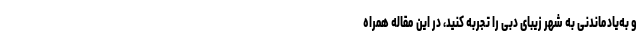
و به‌یادماندنی به شهر زیبای دبی را تجربه کنید، در این مقاله همراه